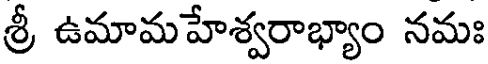
శ్రీ ఉమామహేశ్వరాభ్యాం నమః